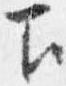
下